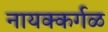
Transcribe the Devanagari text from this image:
नायक्कर्गळ